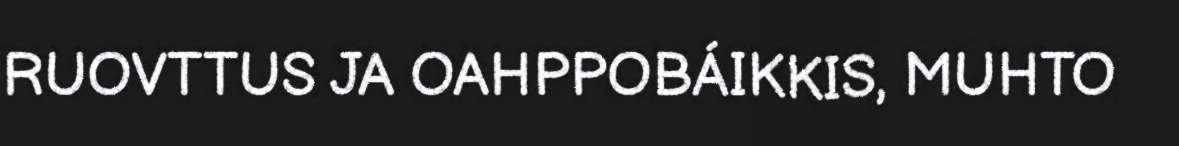
RUOVTTUS JA OAHPPOBÁIKKIS, MUHTO